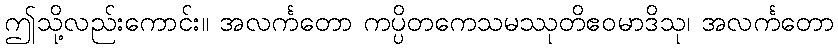
ဤသို့လည်းကောင်း။ အလင်္ကတော ကပ္ပိတကေသမဿုတိဧဝမာဒိသု၊ အလင်္ကတော